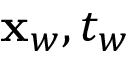
\mathbf { x } _ { w } , t _ { w }